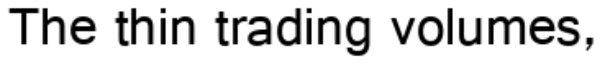
The thin trading volumes,